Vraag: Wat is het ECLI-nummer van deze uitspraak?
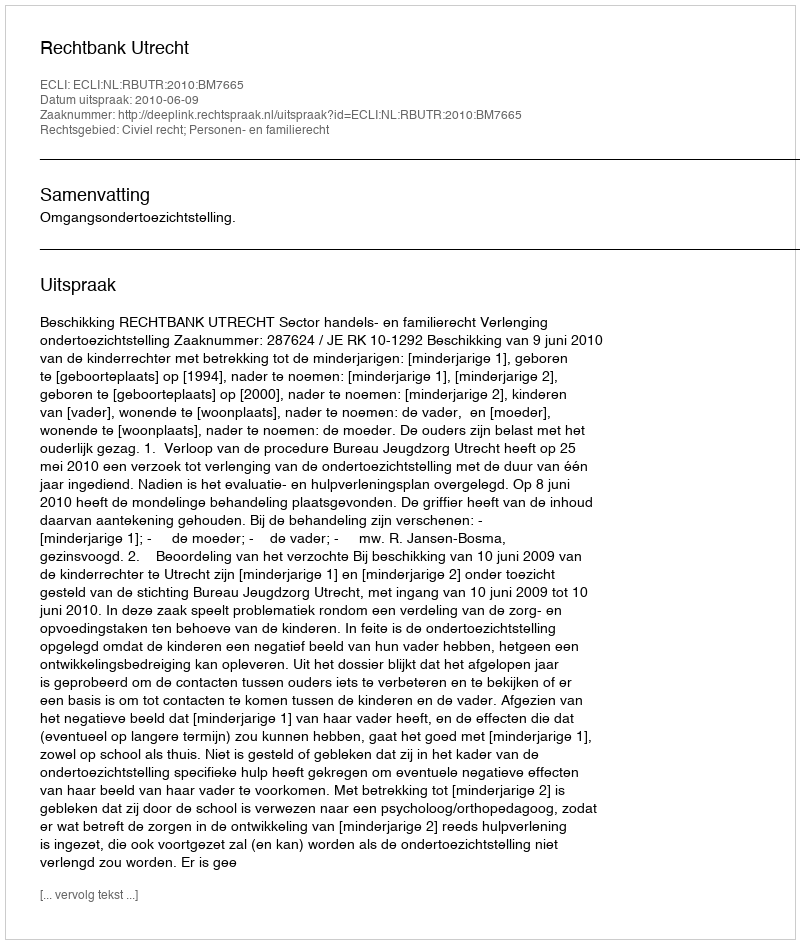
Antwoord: ECLI:NL:RBUTR:2010:BM7665